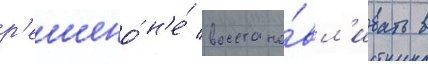
р'ешено́ н'е́ восстана́вл'ивать в